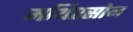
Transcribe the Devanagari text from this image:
मथिएसोन